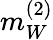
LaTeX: m_{W}^{(2)}